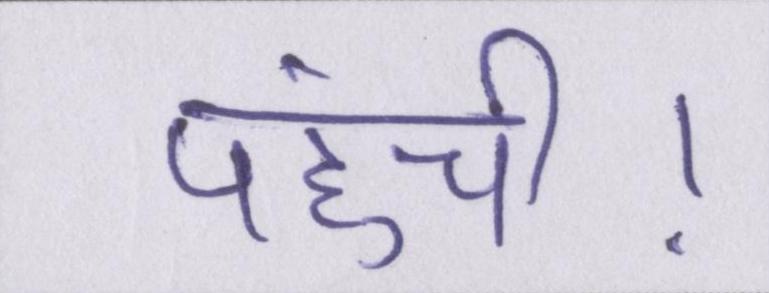
पहुंची।